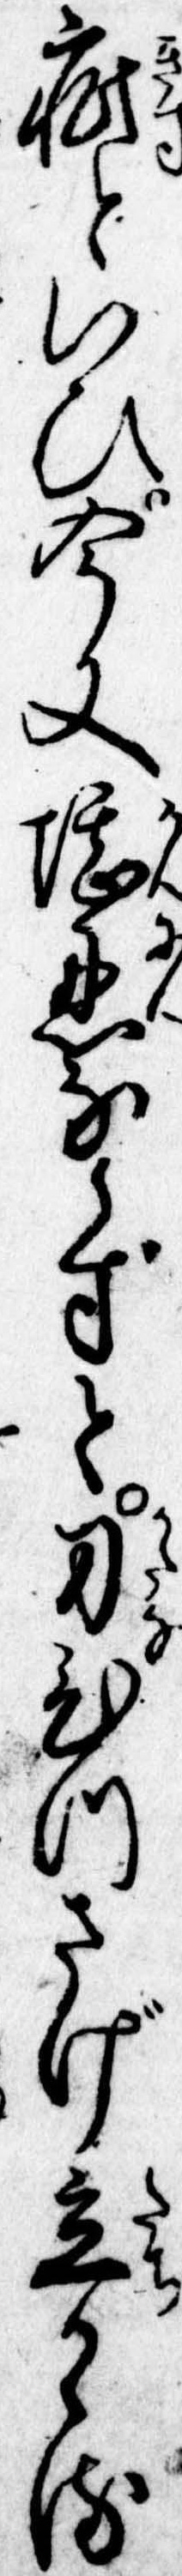
疵といひ今又堪忍ならずと刀ひつさげ立かゝる